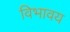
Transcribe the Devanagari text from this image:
विभावय